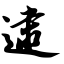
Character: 逮